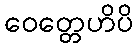
ဝေတ္တေဟိပိ